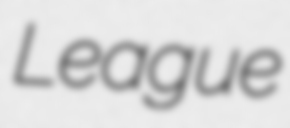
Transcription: League